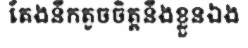
តែងនឹកតូចចិត្តនឹងខ្លួនឯង